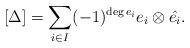
LaTeX: \begin{align*} [\Delta]=\sum_{i\in I} (-1)^{\deg e_i} e_i \otimes \hat{e_i}. \end{align*}